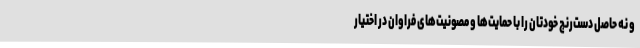
و نه حاصل دست‌رنج خودتان را با حمایت‌ها و مصونیت‌های فراوان در اختیار